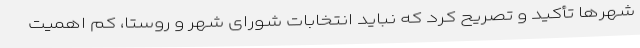
شهر‌ها تأکید و تصریح کرد که نباید انتخابات شورای شهر و روستا، کم اهمیت